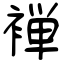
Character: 褝